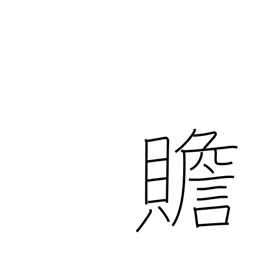
Meaning: add to